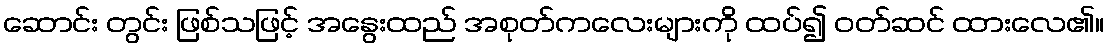
ဆောင်း တွင်း ဖြစ်သဖြင့် အနွေးထည် အစုတ်ကလေးများကို ထပ်၍ ဝတ်ဆင် ထားလေ၏။